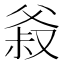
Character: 𰠍